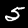
Digit: 5